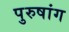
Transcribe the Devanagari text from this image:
पुरुषांग